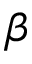
\beta